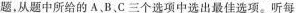
题，从题中所给的A、B、C三个选项中选出最佳选项。听每